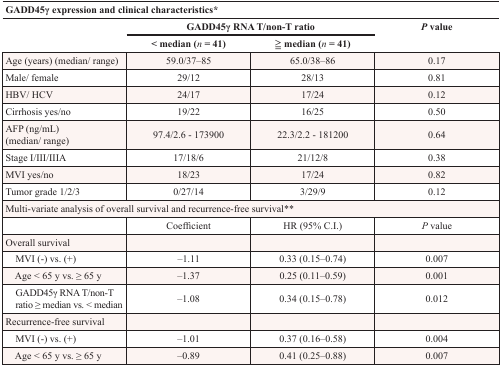
| <COLSPAN=4> GADD45γ expression and clinical characteristics* |
 |  | <COLSPAN=2> GADD45γ RNA T/non-T ratio | P value |
 |  | < median (n = 41) | ≧ median (n = 41) |  |
 | --- | --- | --- | --- |
 | Age (years) (median/ range) | 59.0/37–85 | 65.0/38–86 | 0.17 |
 | Male/ female | 29/12 | 28/13 | 0.81 |
 | HBV/ HCV | 24/17 | 17/24 | 0.12 |
 | Cirrhosis yes/no | 19/22 | 16/25 | 0.50 |
 | AFP (ng/mL) (median/ range) | 97.4/2.6 - 173900 | 22.3/2.2 - 181200 | 0.64 |
 | Stage I/III/IIIA | 17/18/6 | 21/12/8 | 0.38 |
 | MVI yes/no | 18/23 | 17/24 | 0.82 |
 | Tumor grade 1/2/3 | 0/27/14 | 3/29/9 | 0.12 |
 | <COLSPAN=4> Multi-variate analysis of overall survival and recurrence-free survival** |
 |  | Coefficient | HR (95% C.I.) | P value |
 | Overall survival |  |  |  |
 | MVI (−) vs. (+) | −1.11 | 0.33 (0.15–0.74) | 0.007 |
 | Age < 65 y vs. ≥ 65 y | −1.37 | 0.25 (0.11–0.59) | 0.001 |
 | GADD45γ RNA T/non-T ratio ≥ median vs. < median | −1.08 | 0.34 (0.15–0.78) | 0.012 |
 | Recurrence-free survival |  |  |  |
 | MVI (−) vs. (+) | −1.01 | 0.37 (0.16–0.58) | 0.004 |
 | Age < 65 y vs. ≥ 65 y | −0.89 | 0.41 (0.25–0.88) | 0.007 |